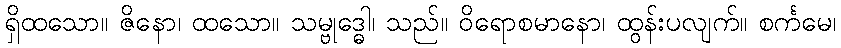
ရှိထသော။ ဇိနော၊ ထသော။ သမ္ဗုဒ္ဓေါ၊ သည်။ ဝိရောစမာနော၊ ထွန်းပလျက်။ စင်္ကမေ၊